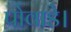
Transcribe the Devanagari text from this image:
पोवाडे।